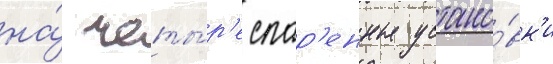
на́ четы́р'е спар'енные устано́вк'и